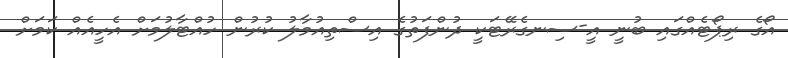
އޯގެ ރިޕޯޓެއްގައި ބުނީ އީ-ސިނގެރޭޓަކީ ދުންފަތުގެ އިސްތިއުމާލު ކުރުން ހުއްޓާލުމަށް އެހީއެއް ކަމަށް